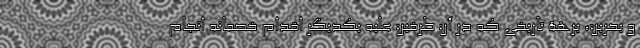
و بحرین، برهة تاریخی که در آن طرفین علیه یکدیگر اقدام خصمانه انجام